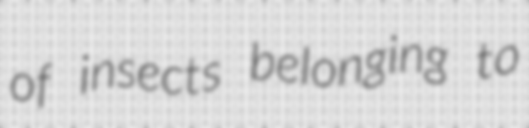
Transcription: of insects belonging to